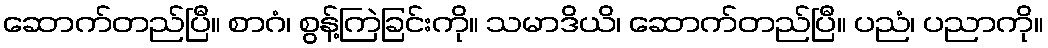
ဆောက်တည်ပြီ။ စာဂံ၊ စွန့်ကြဲခြင်းကို။ သမာဒိယိ၊ ဆောက်တည်ပြီ။ ပညံ၊ ပညာကို။